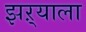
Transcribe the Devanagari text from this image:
झऱ्याला